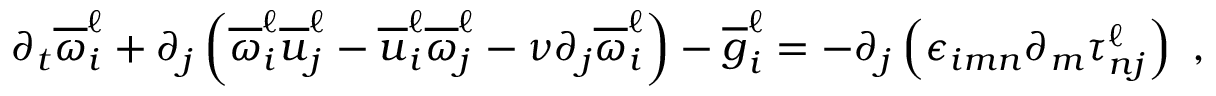
\partial _ { t } \overline { { \omega } } _ { i } ^ { \ell } + \partial _ { j } \left( \overline { { \omega } } _ { i } ^ { \ell } \overline { { u } } _ { j } ^ { \ell } - \overline { { u } } _ { i } ^ { \ell } \overline { { \omega } } _ { j } ^ { \ell } - \nu \partial _ { j } \overline { { \omega } } _ { i } ^ { \ell } \right) - \overline { { g } } _ { i } ^ { \ell } = - \partial _ { j } \left( \epsilon _ { i m n } \partial _ { m } \tau _ { n j } ^ { \ell } \right) \ ,